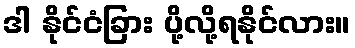
ဒါ နိုင်ငံခြား ပို့လို့ရနိုင်လား။